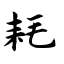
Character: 耗